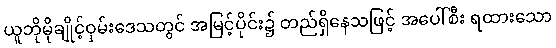
ယူဘိုမိုချိုင့်ဝှမ်းဒေသတွင် အမြင့်ပိုင်း၌ တည်ရှိနေသဖြင့် အပေါ်စီး ရထားသော